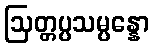
ဩတ္တပ္ပသမ္ပန္နော